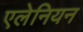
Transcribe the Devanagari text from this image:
एलेनियन